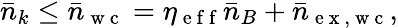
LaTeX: \bar{n}_{k}\leq\bar{n}_{\mathrm{~w~c~}}=\eta_{\mathrm{~e~f~f~}}\bar{n}_{B}+\bar{n}_{\mathrm{~e~x~,~w~c~}},